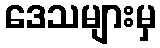
ဒေသများမှ